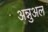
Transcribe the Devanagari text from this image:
अन्नुअल